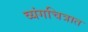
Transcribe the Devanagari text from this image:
व्यंगचित्रात